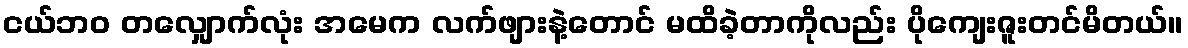
ငယ်ဘ၀ တလျှောက်လုံး အမေက လက်ဖျားနဲ့တောင် မထိခဲ့တာကိုလည်း ပိုကျေးဇူးတင်မိတယ်။